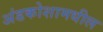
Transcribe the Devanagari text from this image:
अंडकोशामधील